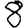
Digit: 8